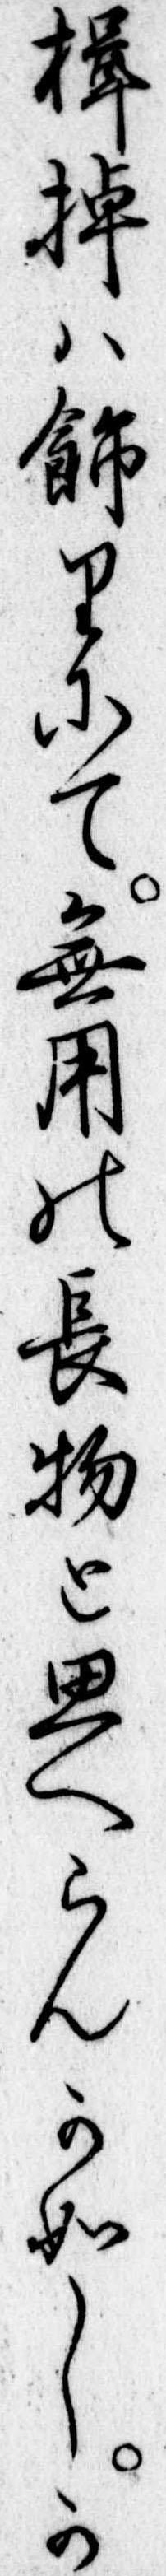
楫棹は飾りにて無用の長物と思へらんか如しか